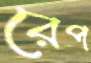
রেপ